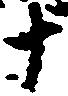
十